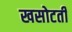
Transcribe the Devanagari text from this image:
खसोटती